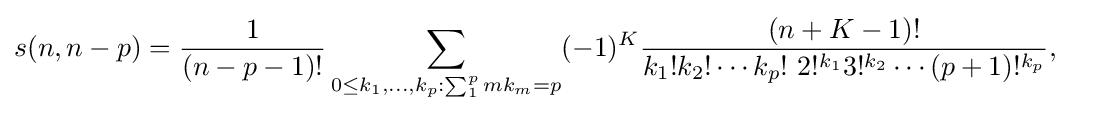
{\begin{aligned}s(n,n-p)&={\frac {1}{(n-p-1)!}}\sum _{0\leq k_{1},\ldots ,k_{p}:\sum _{1}^{p}mk_{m}=p}(-1)^{K}{\frac {(n+K-1)!}{k_{1}!k_{2}!\cdots k_{p}!~2!^{k_{1}}3!^{k_{2}}\cdots (p+1)!^{k_{p}}}},\end{aligned}}